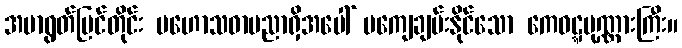
အမာရွတ်မြင်တိုင်း မဟောသဓာပညာရှိအပေါ် မကျေချမ်းနိုင်သော ကေဝဋ္ဋပုဏ္ဏားကြီး။